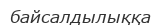
байсалдылыққа